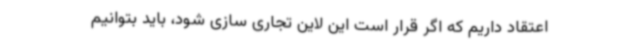
اعتقاد داریم که اگر قرار است این لاین تجاری سازی شود، باید بتوانیم